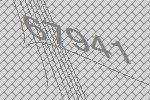
67941